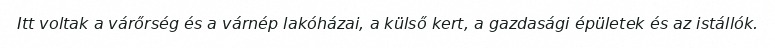
Itt voltak a várőrség és a várnép lakóházai, a külső kert, a gazdasági épületek és az istállók.